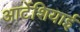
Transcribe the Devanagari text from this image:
आर्टेशियाई